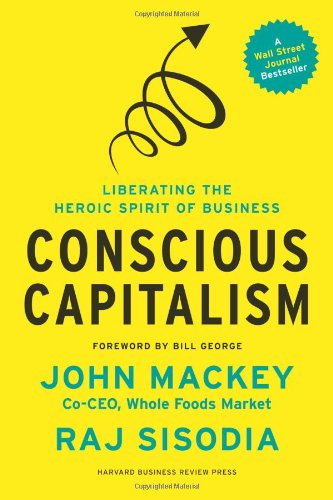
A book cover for Conscious Capitalism: Liberating the Heroic Spirit of Business; John Mackey; Business & Money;